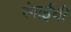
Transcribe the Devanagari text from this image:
रंगाईची